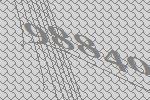
98840